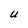
Character: U